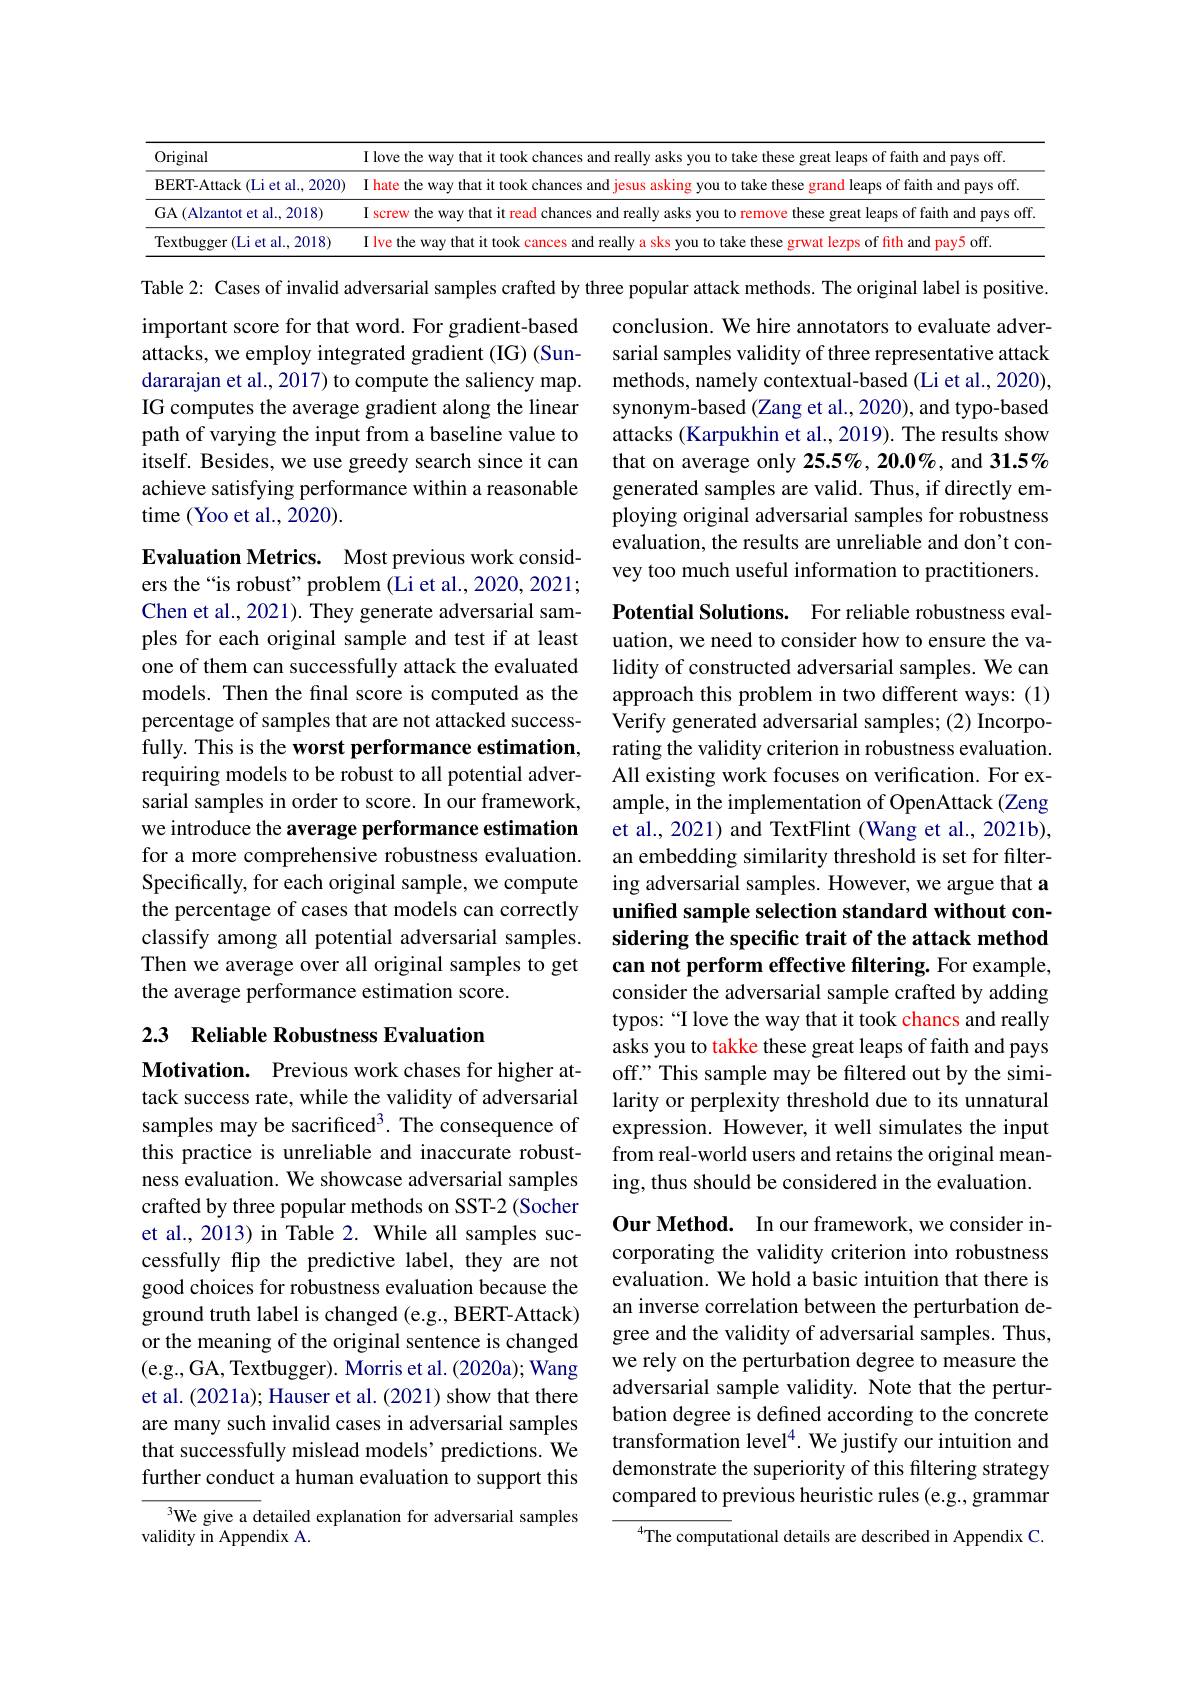
<table>
	<tbody>
		<tr>
			<th>Original</th>
			<th>I love the way that it took chances and really asks you to take these great leaps of faith and pays off</th>
		</tr>
		<tr>
			<td>BERT- Attack ( Li et al. , 2020) </td>
			<td>I hate the way that it took chances and grand leaps of faith and pavs off</td>
		</tr>
		<tr>
			<td>GA (Alzantot et al., 2018)</td>
			<td>I screw the way t faith and pays off</td>
		</tr>
		<tr>
			<td>Textbugger (Li et al.,2018)</td>
			<td>and nav5 off</td>
		</tr>
	</tbody>
</table>

Table 2: Cases of invalid adversarial samples crafted by three popular attack methods. The original label is positive.

important score for that word. For gradient-based attacks, we employ integrated gradient (IG) (Sundararajan et al., 2017) to compute the saliency map. IG computes the average gradient along the linear path of varying the input from a baseline value to itself. Besides, we use greedy search since it can achieve satisfying performance within a reasonable time (Yoo et al., 2020).

conclusion. We hire annotators to evaluate adversarial samples validity of three representative attack methods, namely contextual-based (Li et al., 2020), synonym-based (Zang et al., 2020), and typo-based attacks (Karpukhin et al., 2019). The results show that on average only 25.5%, 20.0%, and 31.5% generated samples are valid. Thus, if directly employing original adversarial samples for robustness evaluation, the results are unreliable and don't convey too much useful information to practitioners.

Potential Solutions. For reliable robustness evaluation, we need to consider how to ensure the validity of constructed adversarial samples. We can approach this problem in two different ways: (1) Verify generated adversarial samples; (2) Incorporating the validity criterion in robustness evaluation. All existing work focuses on verification. For example, in the implementation of OpenAttack (Zeng et al., 2021) and TextFlint (Wang et al., 2021b), an embedding similarity threshold is set for filtering adversarial samples. However, we argue that a unified sample selection standard without con-

Evaluation Metrics. Most previous work considers the“is robust”problem (Li et al., 2020, 2021; Chen et al., 2021). They generate adversarial samples for each original sample and test if at least one of them can successfully attack the evaluated models. Then the final score is computed as the percentage of samples that are not attacked successfully. This is the worst performance estimation, requiring models to be robust to all potential adversarial samples in order to score. In our framework, we introduce the average performance estimation for a more comprehensive robustness evaluation. Specifically, for each original sample, we compute the percentage of cases that models can correctly classify among all potential adversarial samples. Then we average over all original samples to get the average performance estimation score.

sidering the specific trait of the attack method can not perform effective filtering. For example,

## 2.3 Reliable Robustness Evaluation

consider the adversarial sample crafted by adding typos: “I love the way that it took chancs and really asks you to takke these great leaps of faith and pays off." This sample may be filtered out by the similarity or perplexity threshold due to its unnatural expression. However, it well simulates the input from real-world users and retains the original meaning, thus should be considered in the evaluation.

Motivation. Previous work chases for higher attack success rate, while the validity of adversarial samples may be sacrificed$^3.$ The consequence of this practice is unreliable and inaccurate robustness evaluation. We showcase adversarial samples crafted by three popular methods on SST-2 (Socher et al., 2013) in Table 2. While all samples successfully flip the predictive label, they are not good choices for robustness evaluation because the ground truth label is changed (e.g., BERT-Attack) or the meaning of the original sentence is changed (e.g., GA, Textbugger). Morris et al. (2020a); Wang et al. (2021a); Hauser et al. (2021) show that there are many such invalid cases in adversarial samples that successfully mislead models’ predictions. We further conduct a human evaluation to support this

Our Method. In our framework, we consider incorporating the validity criterion into robustness evaluation. We hold a basic intuition that there is an inverse correlation between the perturbation degree and the validity of adversarial samples. Thus, we rely on the perturbation degree to measure the adversarial sample validity. Note that the perturbation degree is defined according to the concrete transformation level$^4.$ We justify our intuition and demonstrate the superiority of this filtering strategy compared to previous heuristic rules (e.g., grammar

We give a detailed explanation for adversarial samples
validity in Appendix A.

$^{4}$The computational details are described in Appendix C.